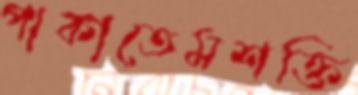
পাকাতেমশক্তি